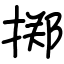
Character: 掷